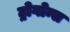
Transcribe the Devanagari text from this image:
ट्रोगोन्स